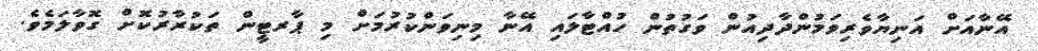
އޭނާއަށް އަނިޔާވެރިވަމުންދާދިއުން ވަގުތުން ހުއްޓާލައި އޭނާ މިނިވަންކުރުމަށް މި ޕާރޓީން ތަކުރާރުކޮށް ގޮވާލަމެވެ.